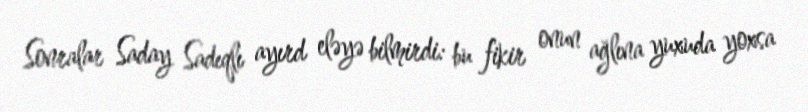
Sonralar Saday Sadıqlı ayırd eləyə bilmirdi: bu fikir onun ağlına yuxuda yoxsa